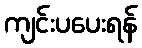
ကျင်းပပေးရန်